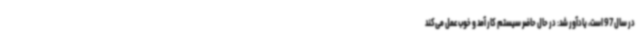
در سال 97 است، یادآور شد: در حال حاضر سیستم کار آمد و خوب عمل می‌کند